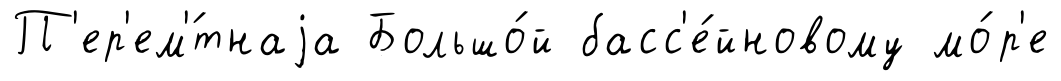
П'ер'ем'́тнаjа Большо́й басс'е́йновому мо́р'е